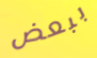
ببعض